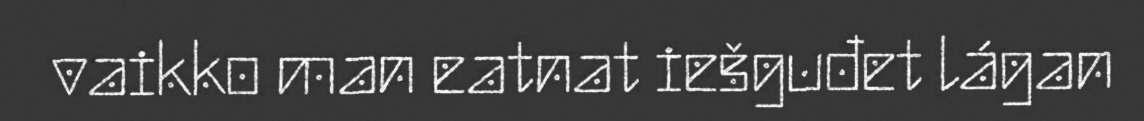
vaikko man eatnat iešguđet lágan